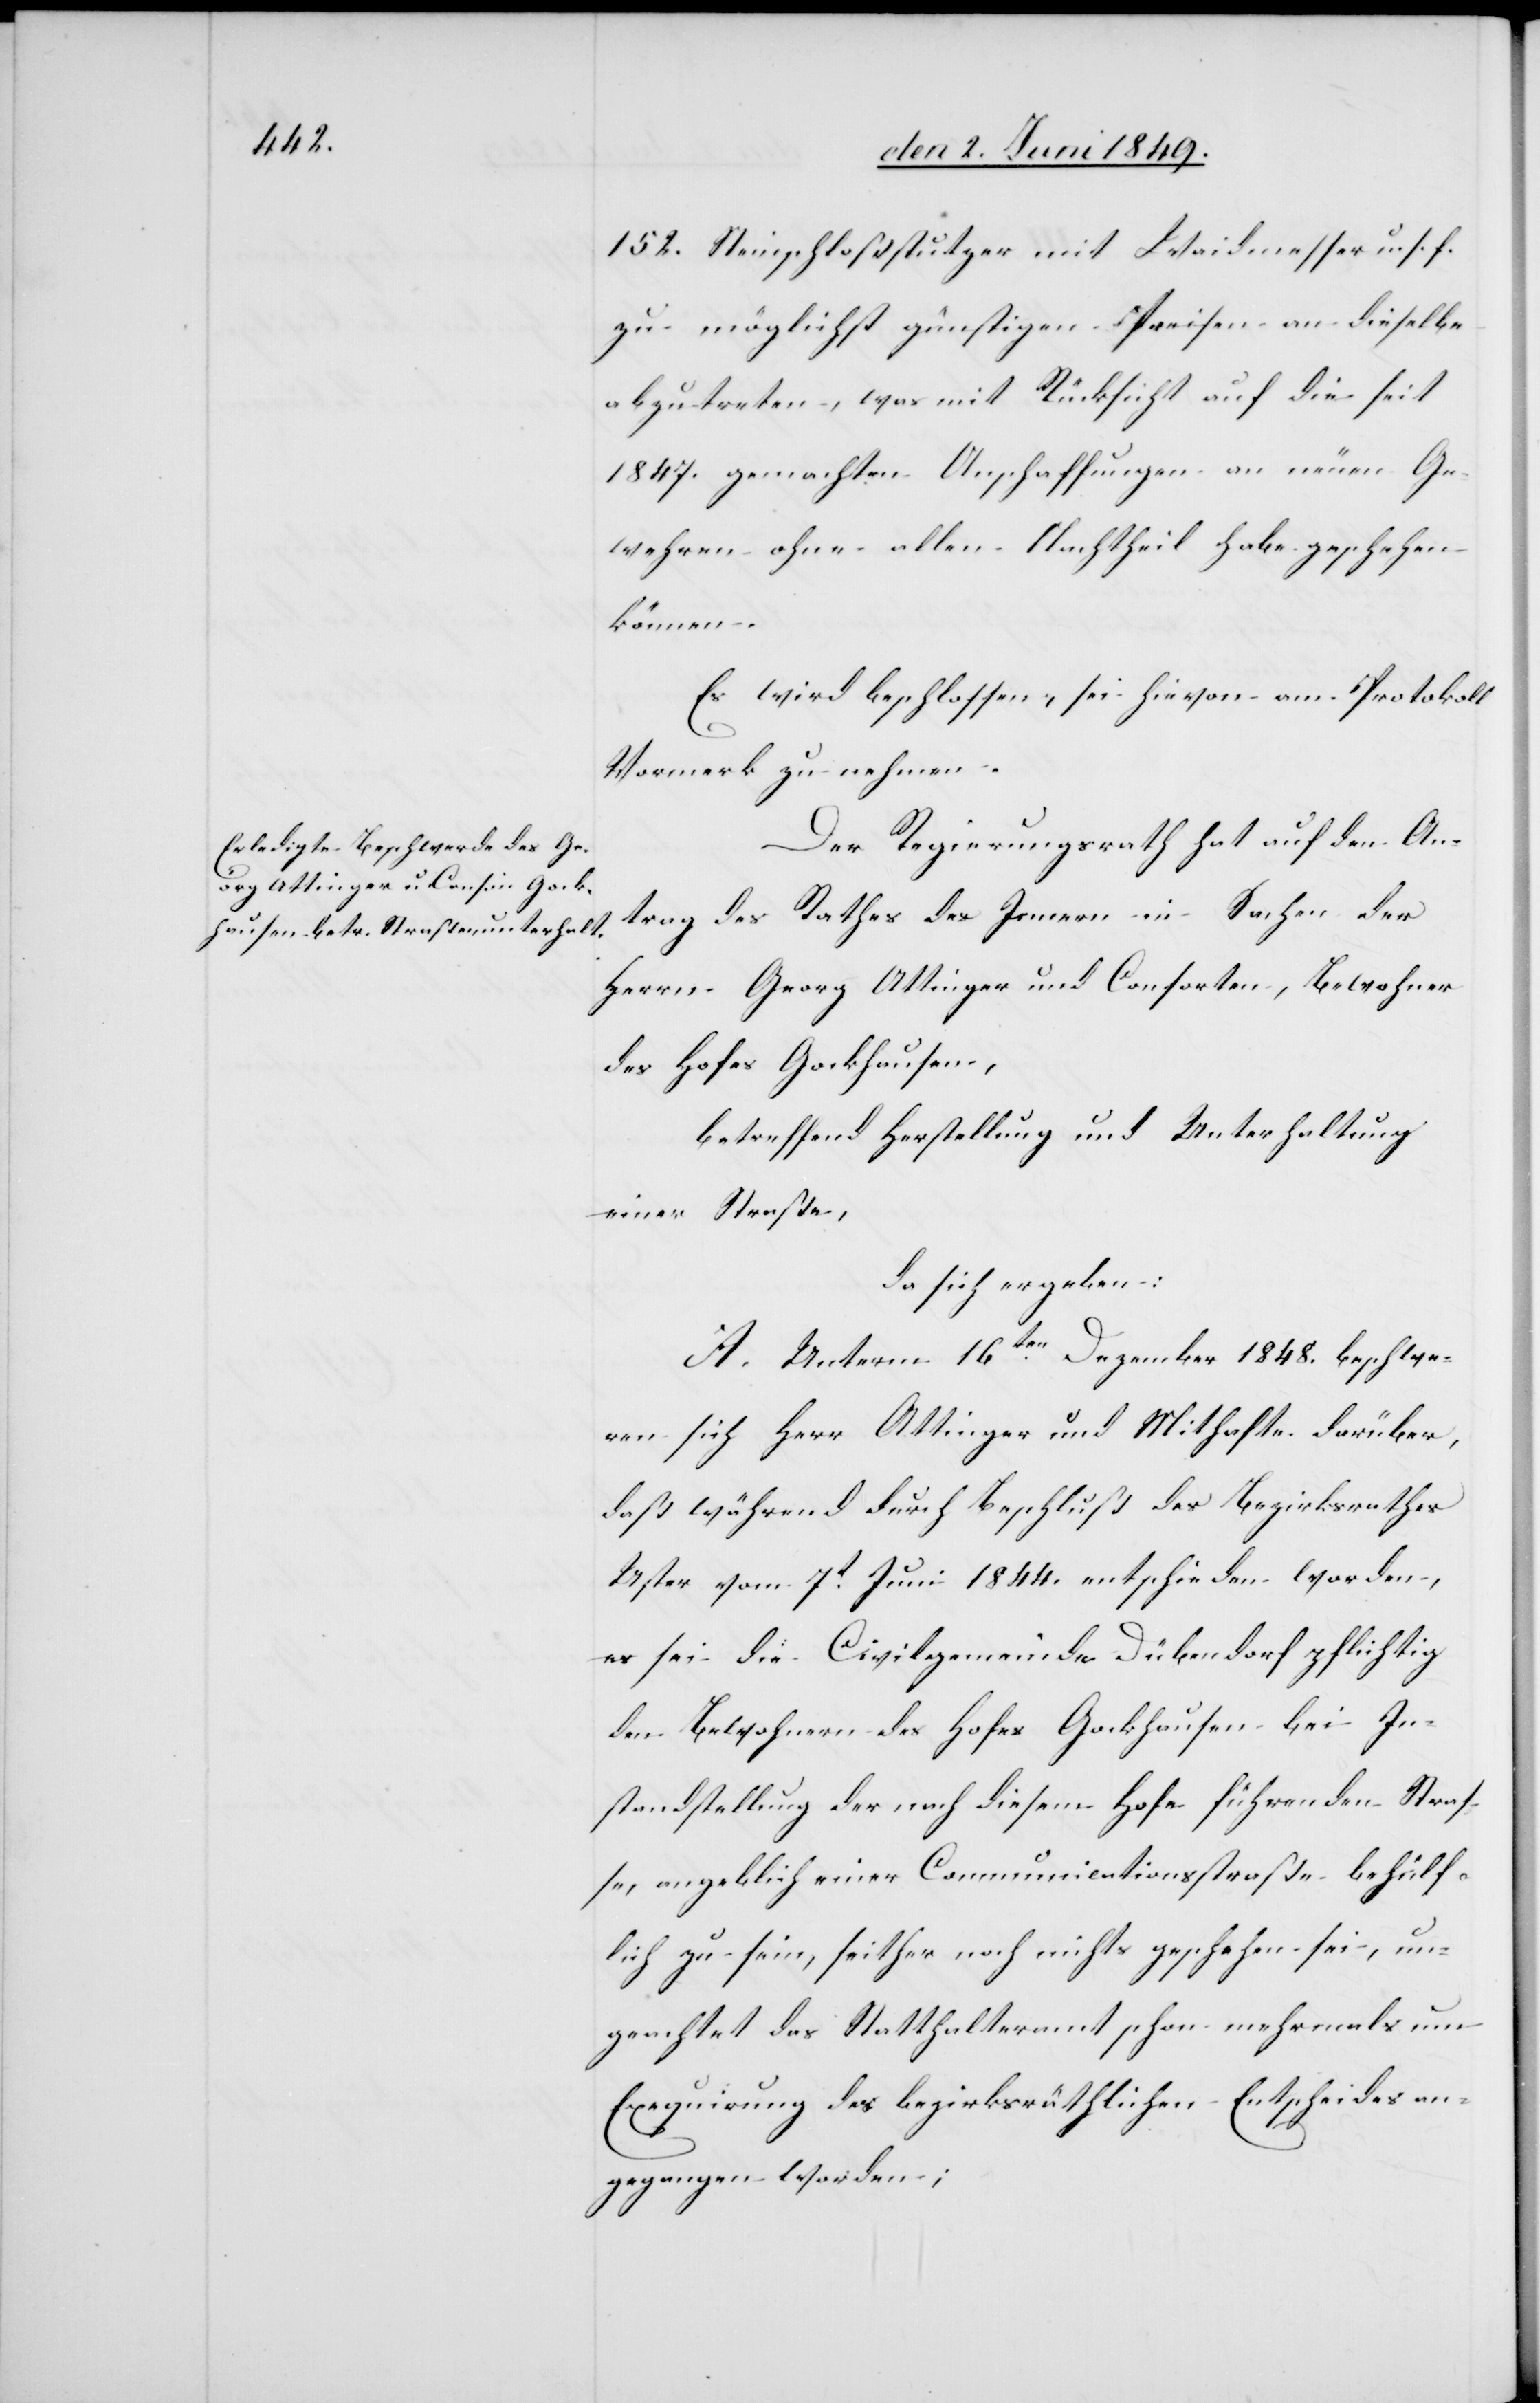
152. Steinschloßstutzer mit Waidenmesser u. s. f.
zu möglichst günstigen Preisen an dieselbe
abzutreten, was mit Rücksicht auf die seit
1847. gemachten Anschaffungen an neuen Ge¬
wehren ohne allen Nachtheil habe geschehen
können.
Es wird beschlossen, sei hievon am Protokoll
Vormerk zu nehmen.
Der Regierungsrath hat auf den An¬
trag des Rathes des Innern in Sachen der
Herrn Georg Attinger und Consorten, Bewohner
des Hofes Gockhausen,
betreffend Herstellung und Unterhaltung
einer Straße,
da sich ergeben:
A. Unterm 16ten Dezember 1848. beschwe¬
ren sich Herr Attinger und Mithafte darüber,
daß während durch Beschluß des Bezirksrathes
Uster vom 7t Juni 1844. entschieden worden,
es sei die Civilgemeinde Dübendorf pflichtig
den Bewohnern des Hofes Gockhausen bei In¬
standstellung der nach diesem Hofe führenden Stras¬
se, angeblich einer Communicationsstraße behülf¬
lich zu sein, seither noch nichts geschehen sei, un¬
geachtet das Statthalteramt schon mehrmals um
Exequirung des bezirksräthlichen Entscheides an¬
gegangen worden;